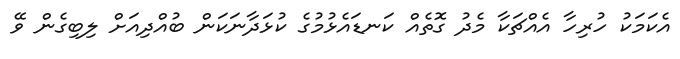
އެކަމަކު ހުރިހާ އެއްޗަކާ މެދު ގޮތެއް ކަނޑައެޅުމުގެ ކުޅަދާނަކަން ބުއްދިއަށް ލިބިގެން ވޭ